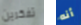
تفكرين أنه